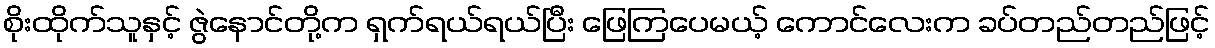
စိုးထိုက်သူနှင့် ဇွဲနောင်တို့က ရှက်ရယ်ရယ်ပြီး ဖြေကြပေမယ့် ကောင်လေးက ခပ်တည်တည်ဖြင့်